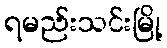
ရမည်းသင်းမြို့